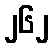
၂၆၂